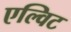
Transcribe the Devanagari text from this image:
एल्विट